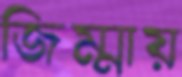
জিম্মায়